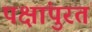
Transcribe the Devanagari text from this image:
पक्षांपुरतं